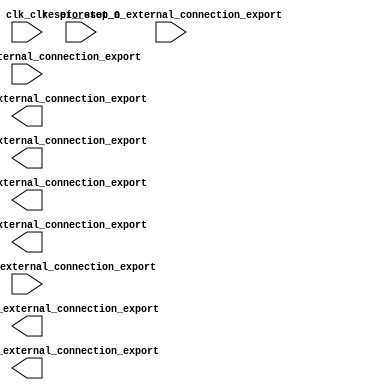

module Design1 (
	clk_clk,
	pio_miliseconds_0_external_connection_export,
	pio_miliseconds_1_external_connection_export,
	pio_minutes_0_external_connection_export,
	pio_minutes_1_external_connection_export,
	pio_seconds_0_external_connection_export,
	pio_seconds_1_external_connection_export,
	pio_selectmode_0_external_connection_export,
	reset_reset_n,
	pio_stop_0_external_connection_export,
	pio_start_0_external_connection_export);	

	input		clk_clk;
	output	[6:0]	pio_miliseconds_0_external_connection_export;
	output	[6:0]	pio_miliseconds_1_external_connection_export;
	output	[6:0]	pio_minutes_0_external_connection_export;
	output	[6:0]	pio_minutes_1_external_connection_export;
	output	[6:0]	pio_seconds_0_external_connection_export;
	output	[6:0]	pio_seconds_1_external_connection_export;
	input	[1:0]	pio_selectmode_0_external_connection_export;
	input		reset_reset_n;
	input		pio_stop_0_external_connection_export;
	input		pio_start_0_external_connection_export;
endmodule